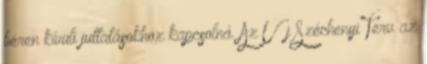
béren kívüli juttatásokhoz kapcsolná. Az Új Széchenyi Terv az